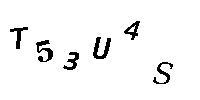
T53U4S